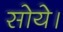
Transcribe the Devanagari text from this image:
सोये।